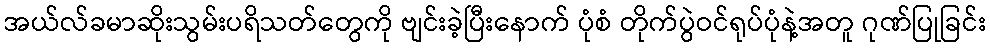
အယ်လ်ခမာဆိုးသွမ်းပရိသတ်တွေကို ဗျင်းခဲ့ပြီးနောက် ပုံစံ တိုက်ပွဲဝင်ရုပ်ပုံနဲ့အတူ ဂုဏ်ပြုခြင်း